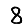
Digit: 8